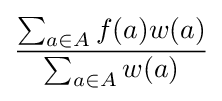
{\frac {\sum _{a\in A}f(a)w(a)}{\sum _{a\in A}w(a)}}